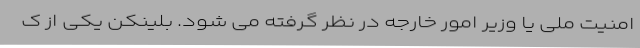
امنیت ملی یا وزیر امور خارجه در نظر گرفته می شود. بلینکن یکی از ک